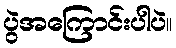
ပွဲအကြောင်းပါပဲ။